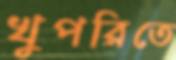
খুপরিতে